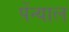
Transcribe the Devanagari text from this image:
पेंन्याल